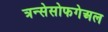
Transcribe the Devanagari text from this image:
त्रन्सेसोफगेअल